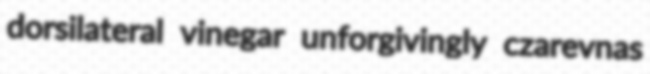
dorsilateral vinegar unforgivingly czarevnas